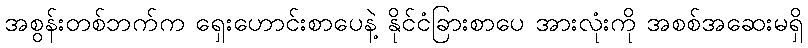
အစွန်းတစ်ဘက်က ရှေးဟောင်းစာပေနဲ့ နိုင်ငံခြားစာပေ အားလုံးကို အစစ်အဆေးမရှိ